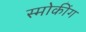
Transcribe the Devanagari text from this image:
स्मोकींग